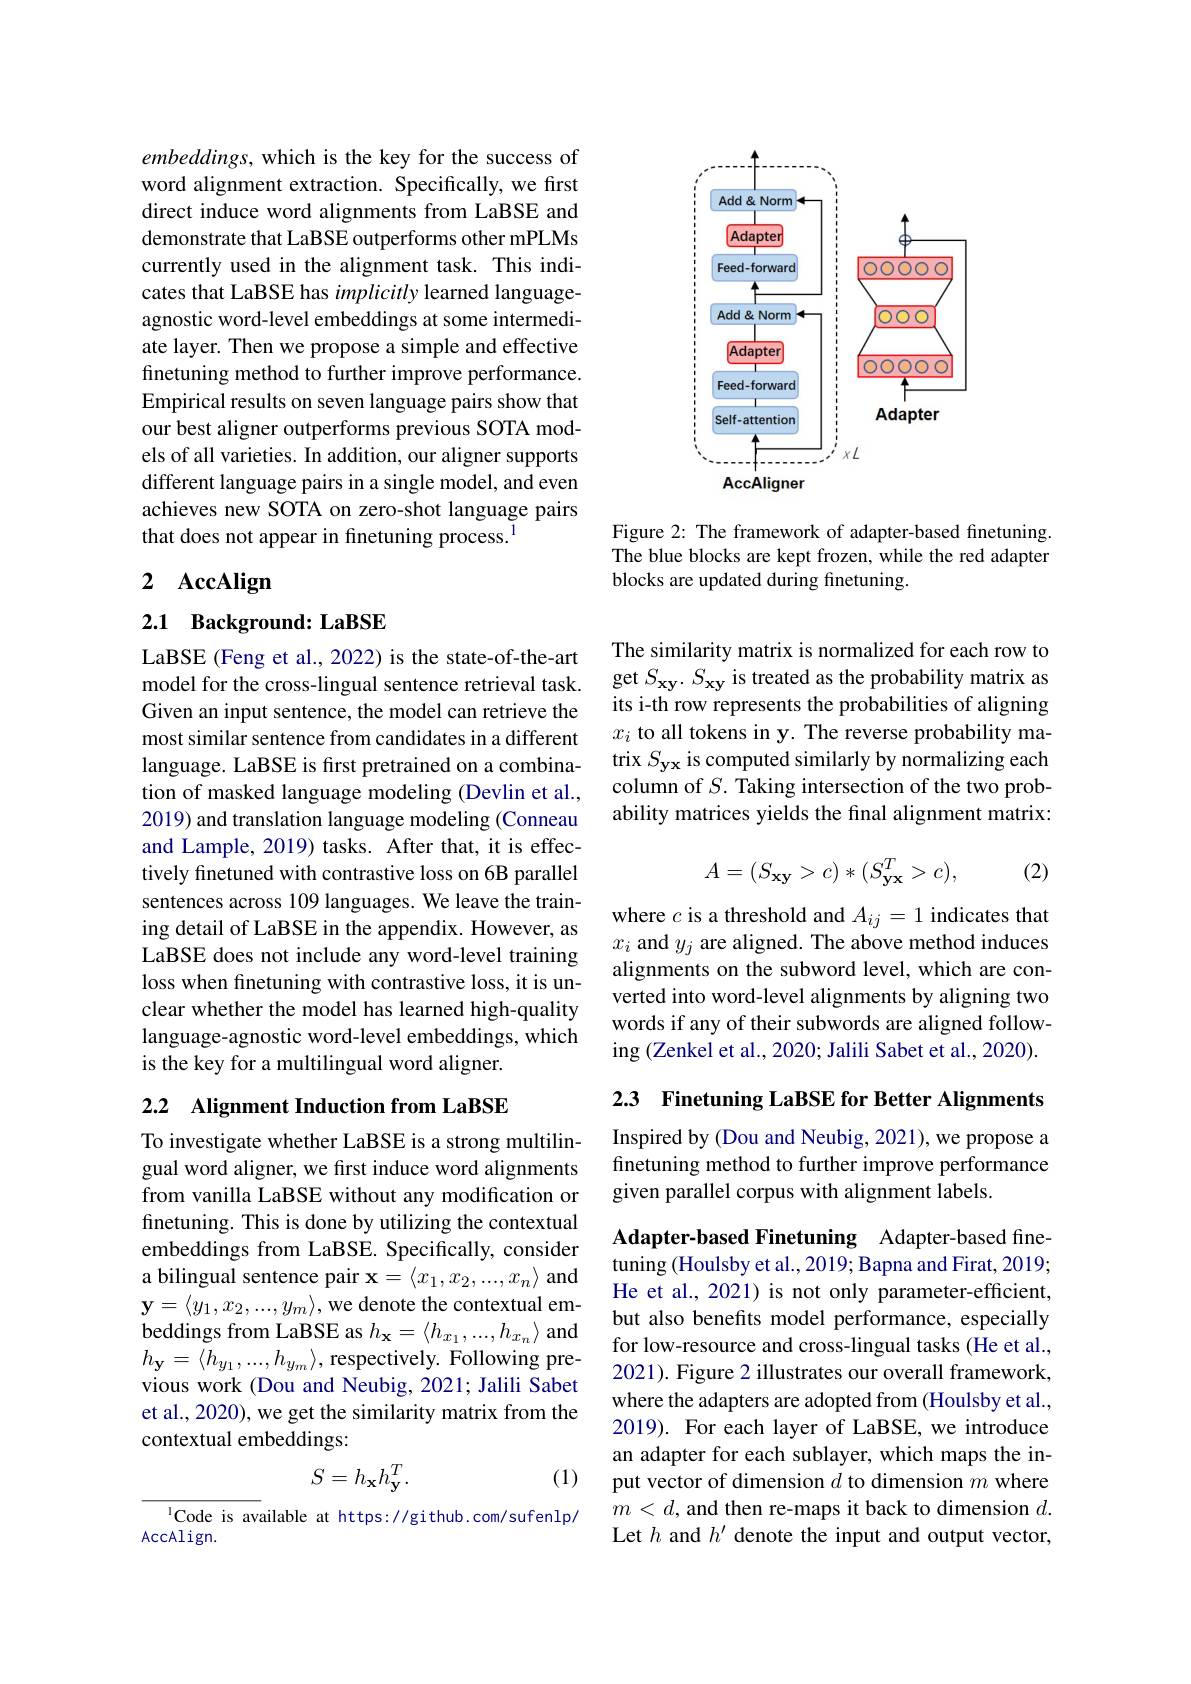
embeddings, which is the key for the success of word alignment extraction. Specifically, we first direct induce word alignments from LaBSE and demonstrate that LaBSE outperforms other mPLMs currently used in the alignment task. This indicates that LaBSE has implicitly learned languageagnostic word-level embeddings at some intermediate layer. Then we propose a simple and effective finetuning method to further improve performance. Empirical results on seven language pairs show that our best aligner outperforms previous SOTA models of all varieties. In addition, our aligner supports different language pairs in a single model, and even achieves new SOTA on zero-shot language pairs that does not appear in finetuning process.$^{1}$

# 2 AccAlign

2.1 Background: LaBSE

LaBSE (Feng et al., 2022) is the state-of-the-art model for the cross-lingual sentence retrieval task. Given an input sentence, the model can retrieve the most similar sentence from candidates in a different language. LaBSE is first pretrained on a combination of masked language modeling (Devlin et al., 2019) and translation language modeling (Conneau and Lample, 2019) tasks. After that, it is effectively finetuned with contrastive loss on 6B parallel sentences across 109 languages. We leave the training detail of LaBSE in the appendix. However, as LaBSE does not include any word-level training loss when finetuning with contrastive loss, it is unclear whether the model has learned high-quality language-agnostic word-level embeddings, which is the key for a multilingual word aligner.

## 2.2 Alignment Induction from LaBSE

To investigate whether LaBSE is a strong multilingual word aligner, we first induce word alignments from vanilla LaBSE without any modification or finetuning. This is done by utilizing the contextual embeddings from LaBSE. Specifically, consider a bilingual sentence pair $\mathbf{x}=\langle x_1,x_2,...,x_n\rangle$ and $\mathbf{y}=\langle y_1,x_2,...,y_m\rangle$,we denote the contextual embeddings from LaBSE as $h_\mathbf{x}=\langle h_{x_1},...,h_{x_n}\rangle$ and $h_{\mathbf{y}}=\langle h_{y_1},...,h_{y_m}\rangle$,respectively. Following previous work (Dou and Neubig, 2021; Jalili Sabet et al., 2020), we get the similarity matrix from the contextual embeddings:
$$S=h_{\mathbf{x}}h_{\mathbf{y}}^T.$$
(1)

$^{1}$Code is available at https://github.com/sufenlp/
AccAlign.

<FigureHere>

Figure 2: The framework of adapter-based finetuning. The blue blocks are kept frozen, while the red adapter blocks are updated during finetuning.

The similarity matrix is normalized for each row to get $S_\mathbf{xy}.S_\mathbf{xy}$ is treated as the probability matrix as its i-th row represents the probabilities of aligning $x_i$ to all tokens in y. The reverse probability matrix $S_\mathbf{yx}$ is computed similarly by normalizing each column of $S.$ Taking intersection of the two probability matrices yields the final alignment matrix:

(2)
$$A=(S_{\mathbf{xy}}>c)*(S_{\mathbf{yx}}^T>c),$$
where $c$ is a threshold and $A_ij=1$ indicates that $x_i$ and $y_j$ are aligned. The above method induces alignments on the subword level, which are converted into word-level alignments by aligning two words if any of their subwords are aligned following (Zenkel et al., 2020; Jalili Sabet et al., 2020).

2.3 Finetuning LaBSE for Better Alignments

Inspired by (Dou and Neubig, 2021), we propose a finetuning method to further improve performance given parallel corpus with alignment labels.

Adapter-based Finetuning Adapter-based finetuning (Houlsby et al., 2019; Bapna and Firat, 2019; He et al., 2021) is not only parameter-efficient, but also benefits model performance, especially for low-resource and cross-lingual tasks (He et al., 2021). Figure 2 illustrates our overall framework, where the adapters are adopted from (Houlsby et al., 2019). For each layer of LaBSE, we introduce an adapter for each sublayer, which maps the input vector of dimension $d$ to dimension $m$ where $m<d$,and then re-maps it back to dimension $d.$ Let $h$ and $h^\prime$ denote the input and output vector,